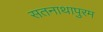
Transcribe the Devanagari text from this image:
सतनाथापुरम